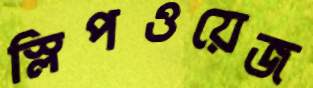
স্লিপওয়েজ